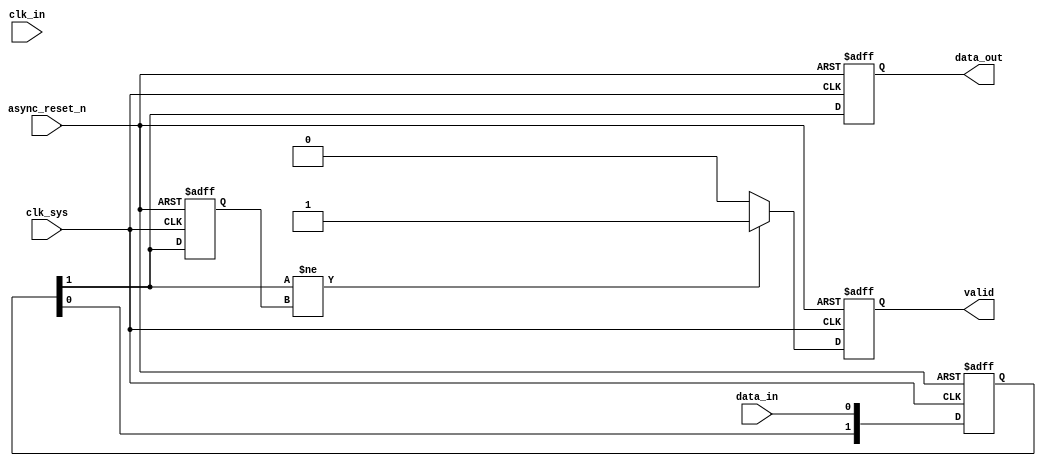
module async_to_sync_converter (
    input wire clk_sys,        // System clock
    input wire async_reset_n,  // Asynchronous active-low reset
    input wire clk_in,         // Asynchronous clock input
    input wire data_in,        // Asynchronous data input
    output reg data_out,       // Synchronized data output
    output reg valid           // Valid signal
);

    // Internal signals for synchronizing data
    reg [1:0] sync_data;       // Two-stage synchronizer for data_in
    reg data_in_prev;          // Previous state of data_in

    // Dual flip-flop synchronizer for data_in
    always @(posedge clk_sys or negedge async_reset_n) begin
        if (!async_reset_n) begin
            sync_data <= 2'b00;
            data_out <= 1'b0;
            valid <= 1'b0;
            data_in_prev <= 1'b0;
        end else begin
            sync_data[0] <= data_in;              // First stage
            sync_data[1] <= sync_data[0];         // Second stage
            data_out <= sync_data[1];              // Output the synchronized data

            // Edge detection for valid signal
            if (sync_data[1] != data_in_prev) begin
                valid <= 1'b1;                      // Assert valid if data changes
            end else begin
                valid <= 1'b0;                      // Deassert valid if no change
            end

            data_in_prev <= sync_data[1];          // Update previous state
        end
    end

endmodule